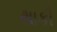
થાકી